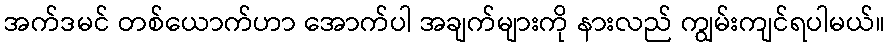
အက်ဒမင် တစ်ယောက်ဟာ အောက်ပါ အချက်များကို နားလည် ကျွမ်းကျင်ရပါမယ်။